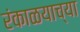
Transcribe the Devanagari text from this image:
रंकाळयाच्या